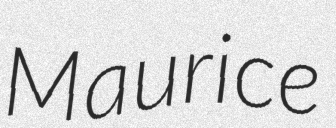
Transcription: Maurice